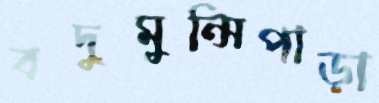
বদুমুন্সিপাড়া